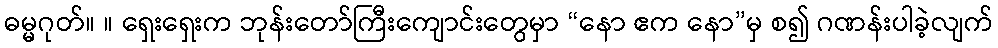
ဓမ္မဂုတ်။ ။ ရှေးရှေးက ဘုန်းတော်ကြီးကျောင်းတွေမှာ “နော ဧက နော”မှ စ၍ ဂဏန်းပါခဲ့လျက်